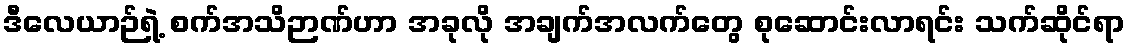
ဒီလေယာဉ်ရဲ့ စက်အသိဉာဏ်ဟာ အခုလို အချက်အလက်တွေ စုဆောင်းလာရင်း သက်ဆိုင်ရာ